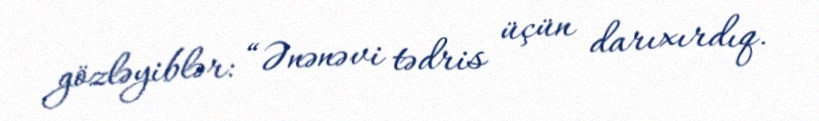
gözləyiblər: “Ənənəvi tədris üçün darıxırdıq.